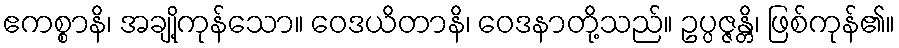
ဧကစ္စာနိ၊ အချို့ကုန်သော။ ဝေဒယိတာနိ၊ ဝေဒနာတို့သည်။ ဥပ္ပဇ္ဇန္တိ၊ ဖြစ်ကုန်၏။